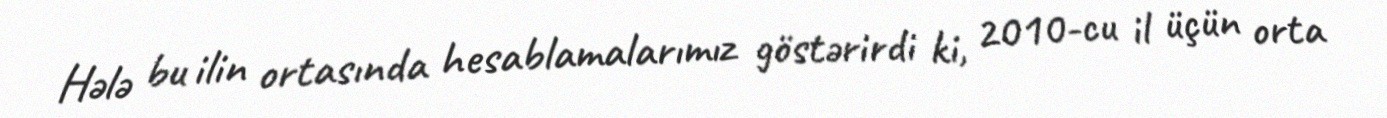
Hələ bu ilin ortasında hesablamalarımız göstərirdi ki, 2010-cu il üçün orta